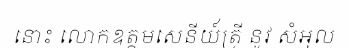
នោះ លោកឧត្តមសេនីយ៍ត្រី នូវ សំអុល